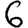
Digit: 6